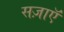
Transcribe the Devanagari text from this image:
सज़ाएॅ